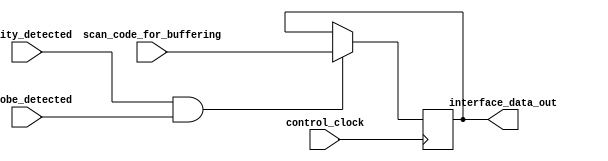
module Data_Output_Register(
		input 													control_clock,
		input 										  		 parity_detected,
		input 										  		 strobe_detected,
		input 	   [7 : 0] 					  scan_code_for_buffering,
		output reg  [7 : 0] 						    interface_data_out
	);
	
	always@(posedge control_clock) begin
		if(parity_detected && strobe_detected)
			interface_data_out <= scan_code_for_buffering;
	end
	
endmodule